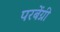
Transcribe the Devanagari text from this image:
परबेंग्नी